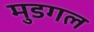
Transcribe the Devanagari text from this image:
मुडगल